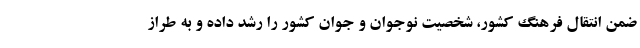
ضمن انتقال فرهنگ کشور، شخصیت نوجوان و جوان کشور را رشد داده و به طراز